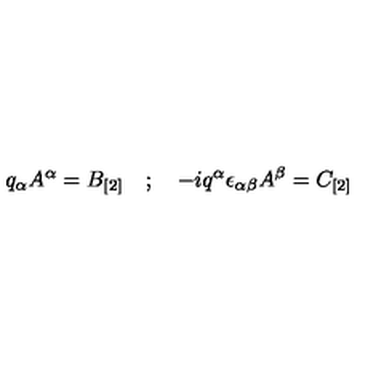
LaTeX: q _ { \alpha } A ^ { \alpha } = B _ { [ 2 ] } \quad ; \quad - i q ^ { \alpha } \epsilon _ { \alpha \beta } A ^ { \beta } = C _ { [ 2 ] }